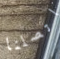
اتصلنا